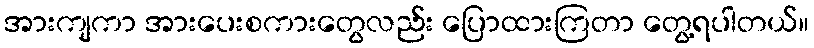
အားကျကာ အားပေးစကားတွေလည်း ပြောထားကြတာ တွေ့ရပါတယ်။